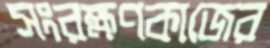
সংরক্ষণকাজের